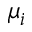
\mu _ { i }